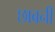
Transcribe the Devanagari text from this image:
छाबनी